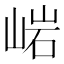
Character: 𱛳